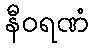
နီဝရဏံ